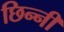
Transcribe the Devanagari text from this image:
छिन्‍नी